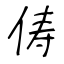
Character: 俦